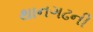
થાનગઢની